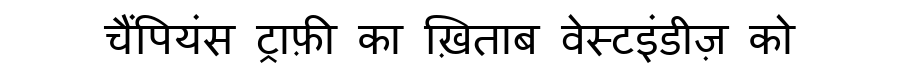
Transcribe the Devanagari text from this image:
चैंपियंस ट्राफ़ी का ख़िताब वेस्टइंडीज़ को